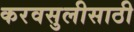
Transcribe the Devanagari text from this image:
करवसुलीसाठी